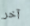
آخر